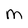
Character: m